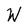
Character: W